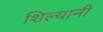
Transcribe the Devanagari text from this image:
शिल्यानी